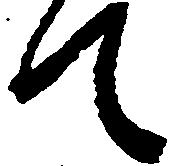
て